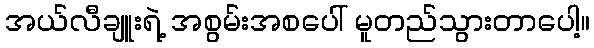
အယ်လီချူးရဲ့ အစွမ်းအစပေါ် မူတည်သွားတာပေါ့။